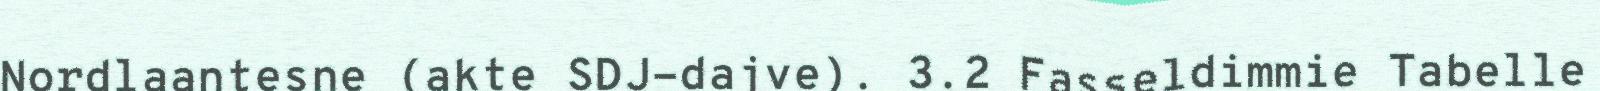
Nordlaantesne (akte SDJ-dajve). 3.2 Fasseldimmie Tabelle